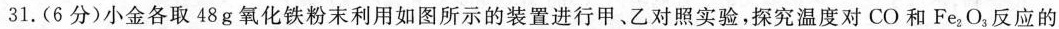
31.(6分)小金各取48g氧化铁粉末利用如图所示的装置进行甲、乙对照实验，探究温度对CO和Fe_{2}O_{3}，反应的